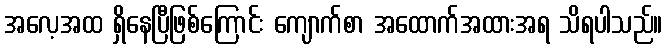
အလေ့အထ ရှိနေပြီဖြစ်ကြောင်း ကျောက်စာ အထောက်အထားအရ သိရပါသည်။